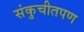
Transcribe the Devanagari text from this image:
संकुचीतपण